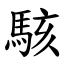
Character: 駭